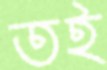
তই